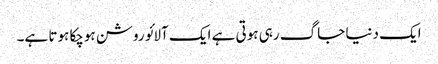
ایک دنیا جاگ رہی ہوتی ہے ایک آلائو روشن ہوچکا ہوتا ہے۔